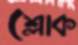
শ্লোক